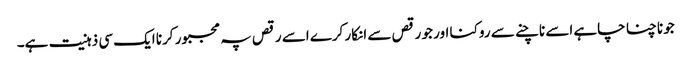
جو ناچنا چاہے اسے ناچنے سے روکنا اور جو رقص سے انکار کرے اسے رقص پہ مجبور کرنا ایک سی ذہنیت ہے۔